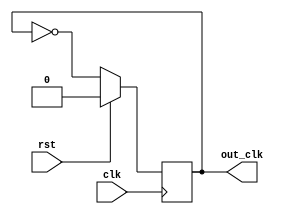
`timescale 1ns / 1ps

module clockdiv(clk ,rst,out_clk);




output reg out_clk;
input clk ;
input rst;
always @(posedge clk)
begin
if (rst)
     out_clk <= 1'b0;
else
     out_clk <= ~out_clk;	
end
endmodule